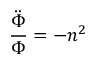
{ \frac { \ddot { \Phi } } { \Phi } } = - n ^ { 2 }